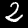
Digit: 2